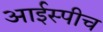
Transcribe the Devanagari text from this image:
आईस्पीच